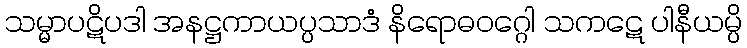
သမ္မာပဋိပဒါ အနဋ္ဌကာယပ္ပသာဒံ နိရောဓဝဂ္ဂေါ သကဋေ ပါနီယမ္ပိ